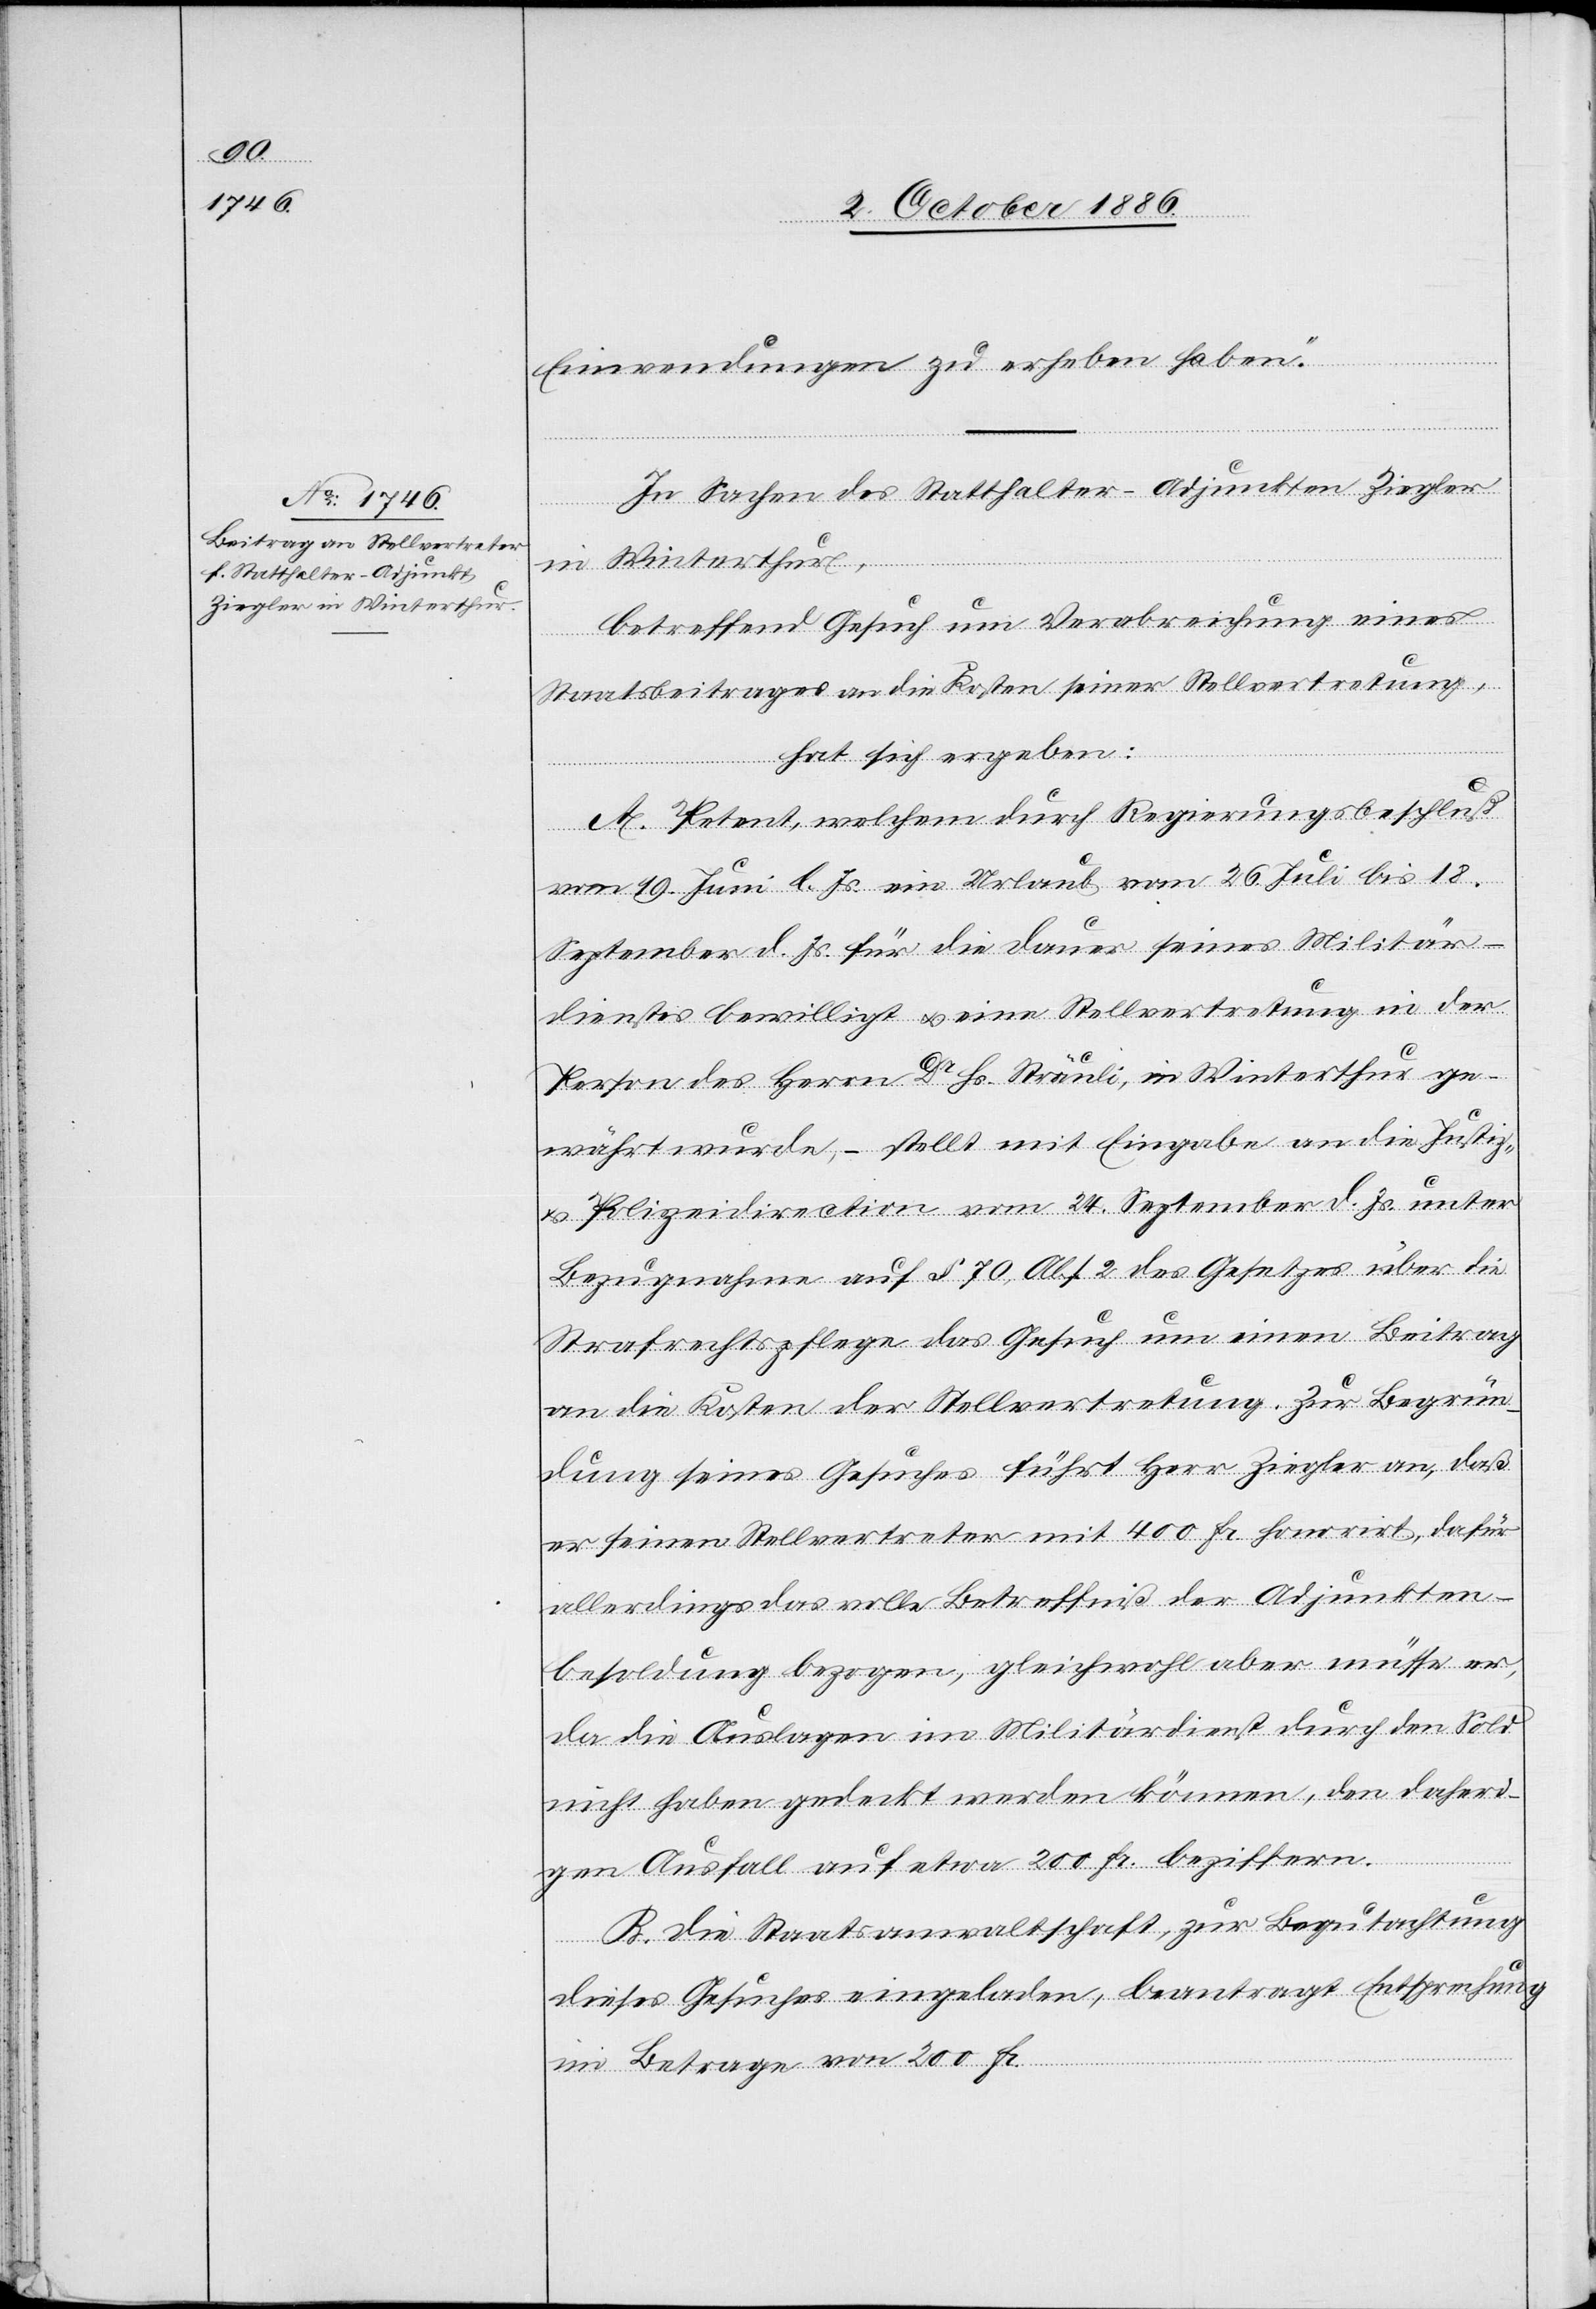
Einwendungen zu erheben haben.“
In Sachen des Statthalter-Adjunkten Ziegler
in Winterthur,
betreffend Gesuch um Verabreichung eines
Staatsbeitrages an die Kosten seiner Stellvertretung,
hat sich ergeben:
A. Petent, welchem durch Regierungsbeschluß
vom 19. Juni l. Js. ein Urlaub vom 26. Juli bis 18.
September d. Js. für die Dauer seines Militär¬
dienstes bewilligt & eine Stellvertretung in der
Person des Herrn Dr Hs. Sträuli, in Winterthur ge¬
währt wurde, – stellt mit Eingabe an die Justiz-
& Polizeidirection vom 24. September d. Js. unter
Bezugnahme auf § 70, Abs. 2 des Gesetzes über die
Strafrechtspflege das Gesuch um einen Beitrag
an die Kosten der Stellvertretung. Zur Begrün¬
dung seines Gesuches führt Herr Ziegler an, daß
er seinen Stellvertreter mit 400 Fr. honorirt, dafür
allerdings das volle Betreffniß der Adjunkten¬
besoldung bezogen, gleichwohl aber müsse er,
da die Auslagen im Militärdienst durch den Sold
nicht haben gedeckt werden können, den daheri¬
gen Ausfall auf etwa 200 Fr. beziffern.
B. Die Staatsanwaltschaft, zur Begutachtung
dieses Gesuches eingeladen, beantragt Entsprechung
im Betrage von 200 Fr.